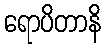
ရောပိတာနိ